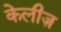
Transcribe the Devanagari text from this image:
केलीज़